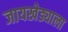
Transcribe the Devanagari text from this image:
जायखेड्याला